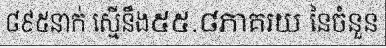
៨៩៥នាក់ ស្មើនឹង៥៥.៨ភាគរយ នៃចំនួន